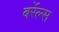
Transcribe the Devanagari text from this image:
बर्रेल्स